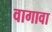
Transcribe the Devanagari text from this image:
वागावा